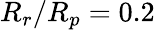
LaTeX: R_{r}/R_{p}=0.2